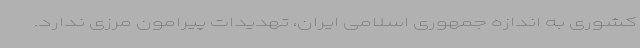
کشوری به اندازه جمهوری اسلامی ایران، تهدیدات پیرامون مرزی ندارد.